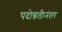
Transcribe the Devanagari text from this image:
पदोन्नतीनंतर